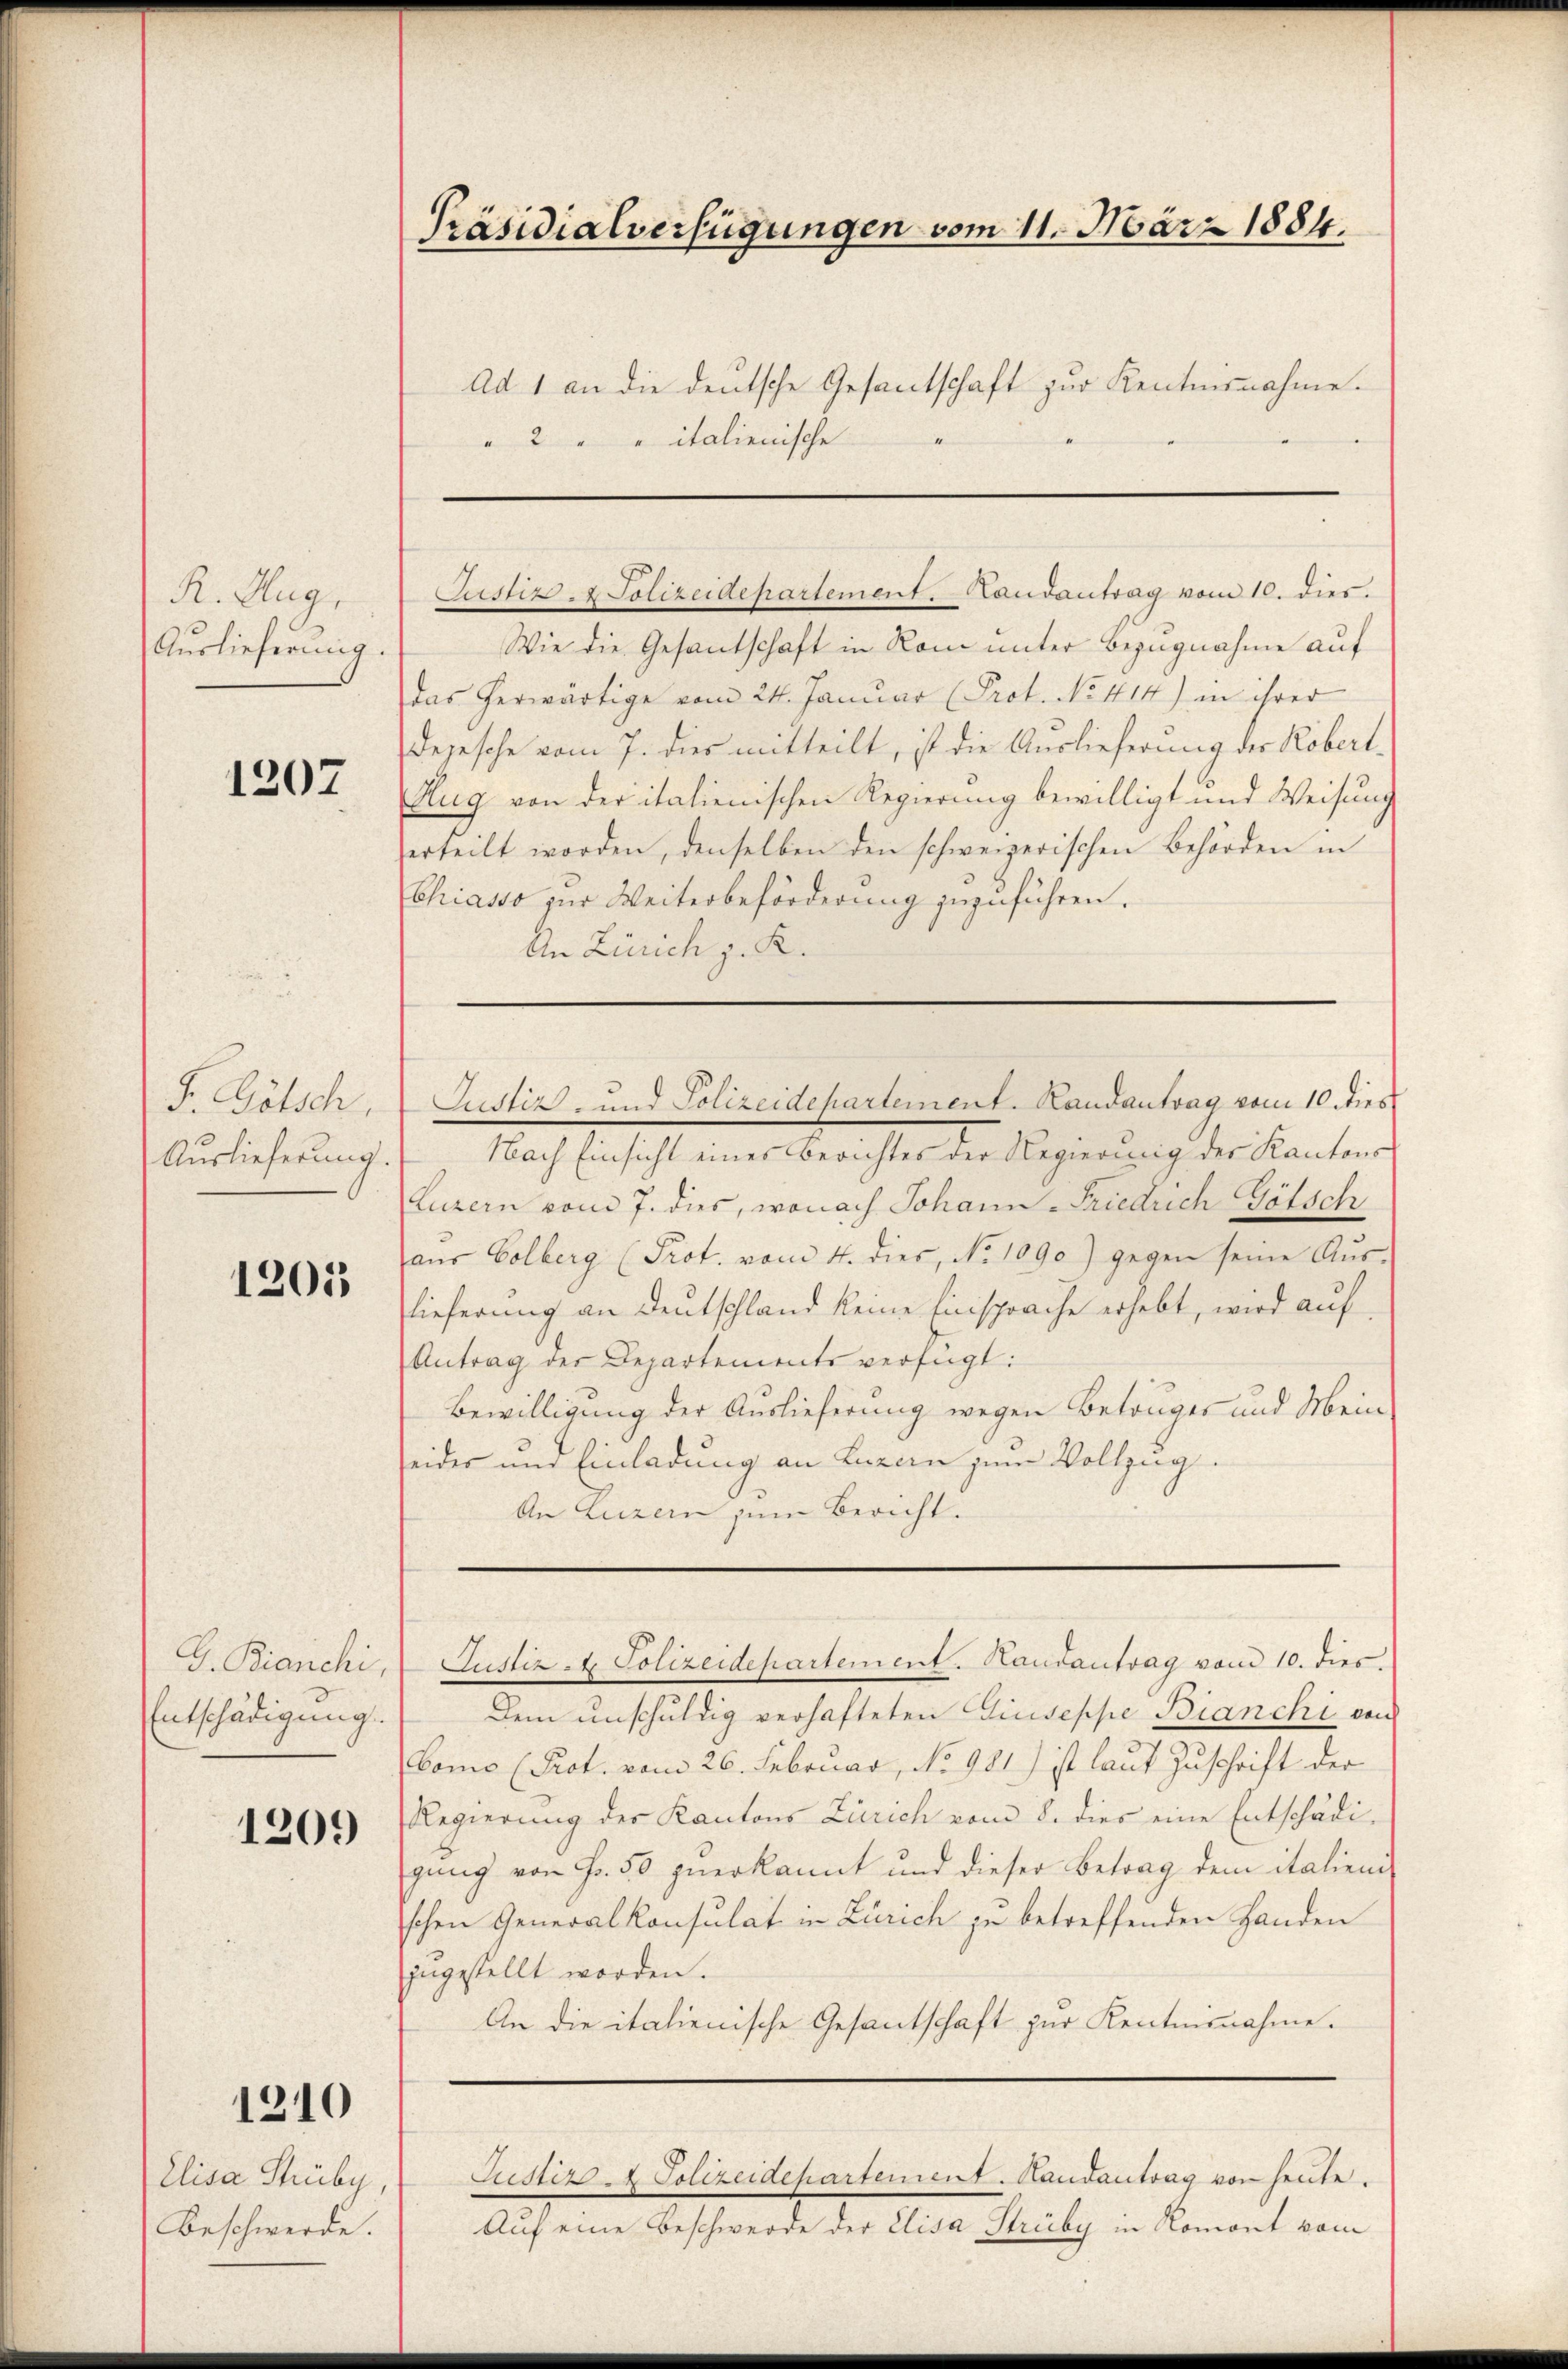
R. Aug.
Auslieferung.

1207

F. Götsch
Auslieferung

1201

G. Bianchi,
Entschädigung.

1209

1210

Elisa Shüby
Beschwerde.

Präsidialverfügungen vom 11. März 1884.

Ad 1 an die deutsche Gesantschaft zur Kentnisnahme.
“
" 2 " " italienische

Wie die Gesantschaft in Rom unter Bezugnahme auf
Das herwärtige vom 24. Januar (Prot. No. 414) in ihrer
Depesche vom 7. dies mitteilt, ist die Auslieferung der Robert-
Hug von der italienischen Regierung bewilligt und Weisung
erteilt worden, denselben den schweizerischen Behörden in
Chiasso zur Weiterbeförderung zuzuführen.
An Zürich z. R.

Justiz- & Polizeidepartement. Handantrag vom 10. dies.

Nach Einsicht eines Berichtes der Regierung der Kantons
Luzern vom 7. dies, wonach Johann-Friedrich Götsch
aŭs Colberg (Prot. vom 4. dies, No 1090) gegen seine Aŭs-
slieferung an Deutschland keine Einsprache erhebt, wird auf
Antrag der Departements verfügt:
Bewilligung der Auslieferung wegen Betruges und Mein
eider und Einladung an Luzern zum Vollzug.
An Luzern zum Bericht.

Justiz- und Polizeidchartement. Randantrag vom 10. dies

Justiz- & Polizeidepartement. Handantrag vom 10. dies.
Dem unschuldig verhafteten Giuseppe Bianchi von
Como (Prot. vom 26. Februar, No 981) ist laut Zuschrift der
Regierung der Kantons Zürich vom 8. dies eine Entschädigung von Fr. 50 zuerkannt und dieser Betrag dem italieni
schen Generalkonsulat in Zürich je betreffenden Handen
ingestellt worden.
An die italienische Gesantschaft zur Kentnisnahme.

Auf eine Beschwerde der Elisa Strüby in Romont vom

Justiz - Polizeidepartement. Handantrag von heute.